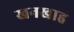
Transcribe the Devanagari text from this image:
खनखाह